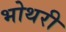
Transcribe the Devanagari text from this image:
भोथरी